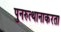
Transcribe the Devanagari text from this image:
पुनरुत्थानाकरता